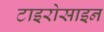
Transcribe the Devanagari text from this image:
टाइरोसाइन